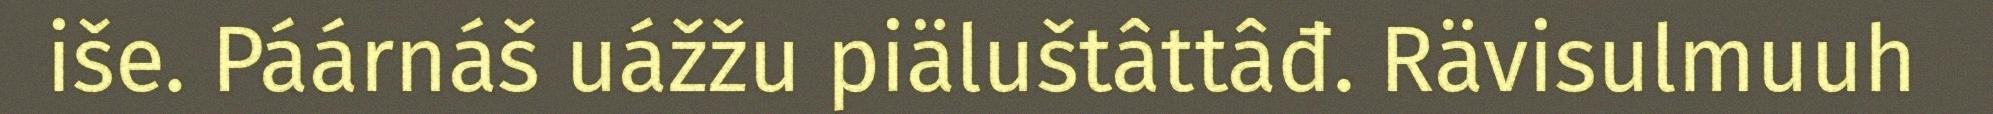
iše. Páárnáš uážžu piäluštâttâđ. Rävisulmuuh